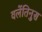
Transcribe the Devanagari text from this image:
वलेंतिनुस